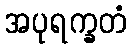
အပုရက္ခတံ